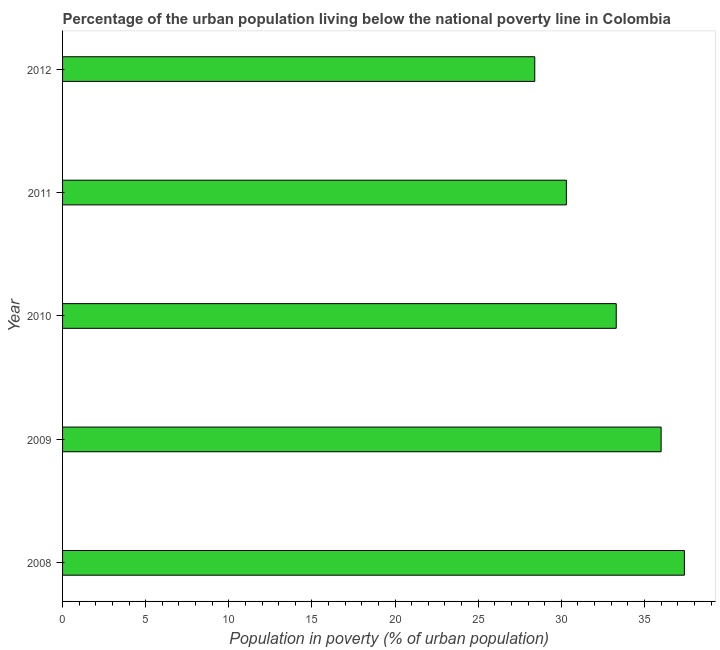
| Year | Urban poverty headcount ratio |
 | --- | --- |
 | 2008 | 37.4 |
 | 2009 | 36 |
 | 2010 | 33.3 |
 | 2011 | 30.3 |
 | 2012 | 28.4 |